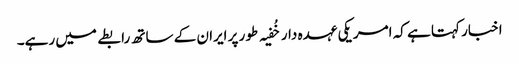
اخبار کہتا ہے کہ امریکی عہدہ دار خُفیہ طور پر ایران کے ساتھ رابطے میں رہے۔